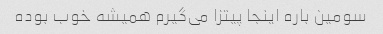
سومین باره اینجا پیتزا می‌گیرم همیشه خوب بوده